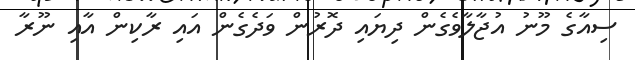
ސިއާގެ މޫނު އުޖާލާވެގެން ދިޔައި ދޮރުން ވަދެގެން އައި ރާކިން އާއި ނޫރާ